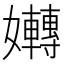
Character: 𡤛